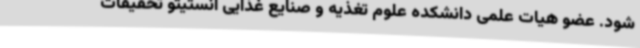
شود. عضو هیات علمی دانشکده علوم تغذیه و صنایع غذایی انستیتو تحقیقات